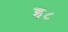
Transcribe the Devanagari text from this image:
इ८